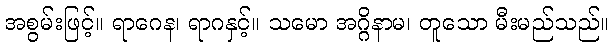
အစွမ်းဖြင့်။ ရာဂေန၊ ရာဂနှင့်။ သမော အဂ္ဂိနာမ၊ တူသော မီးမည်သည်။